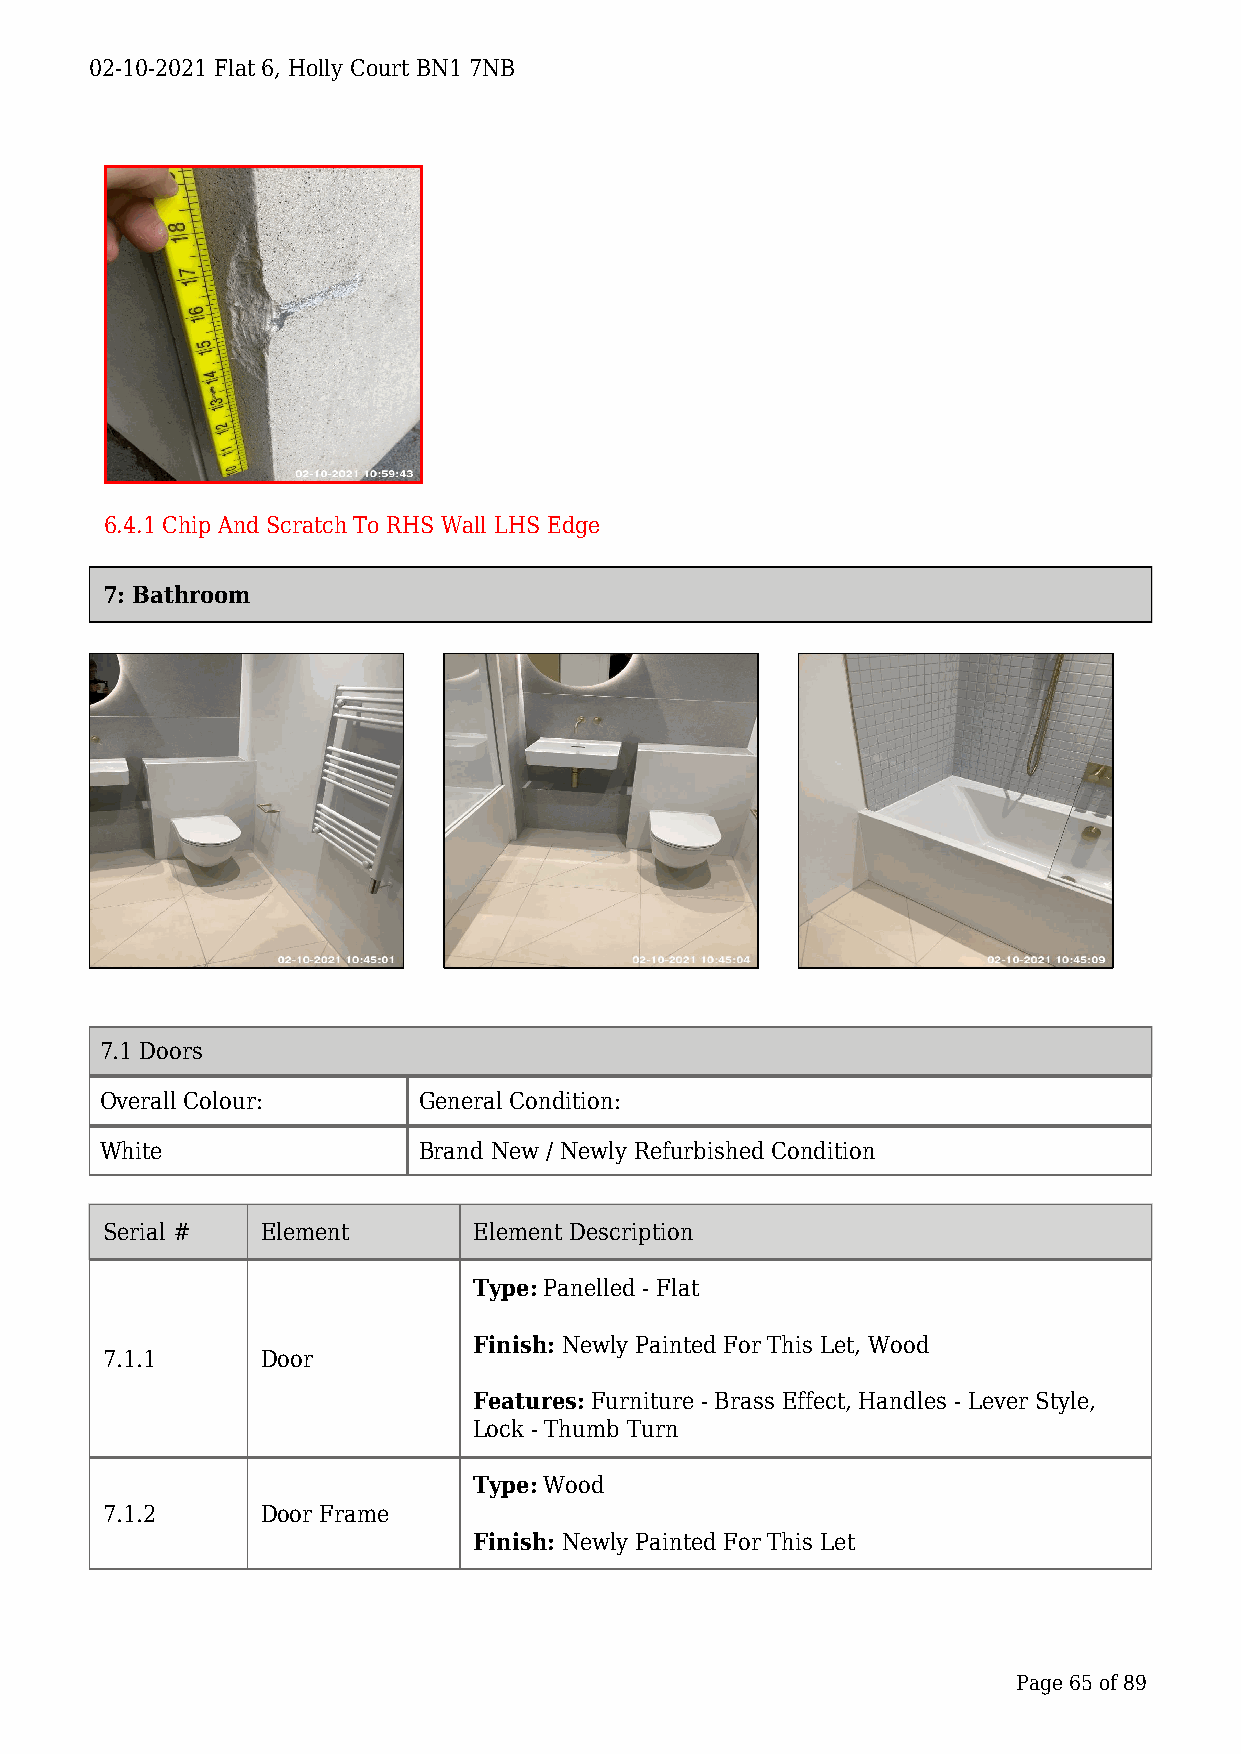
02-10-2021 Flat 6, Holly Court BN1 7NB
 6.4.1 Chip And Scratch To RHS Wall LHS Edge
 7: Bathroom
 7.1 Doors
 Overall Colour:      General Condition:
 White                Brand New / Newly Refurbished Condition
 Serial #  Element       Element Description
 Type: Panelled - Flat
 Finish: Newly Painted For This Let, Wood
 7.1.1     Door
 Features: Furniture - Brass Effect, Handles - Lever Style,
 Lock - Thumb Turn
 Type: Wood
 7.1.2     Door Frame
 Finish: Newly Painted For This Let
 Page 65 of 89